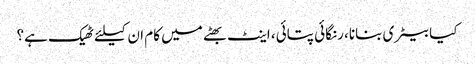
کیا بیٹری بنانا، رنگائی پتائی، اینٹ بھٹے میں کام ان کیلئے ٹھیک ہے؟